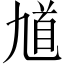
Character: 馗